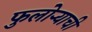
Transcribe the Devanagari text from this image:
फुलोऱ्याची